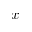
x